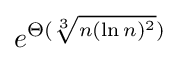
e^{\Theta ({\sqrt[{3}]{n(\ln n)^{2}}})}